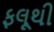
ફલૂથી